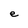
Character: e